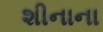
શીનાના